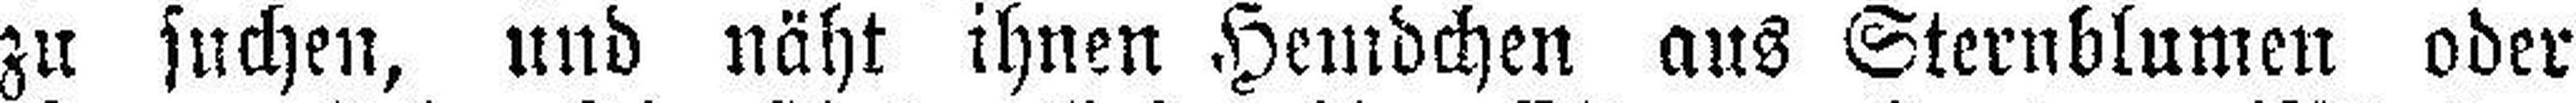
zu suchen, und näht ihnen Hemdchen aus Sternblumen oder